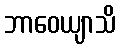
ဘာဝေယျာသိ